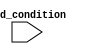
module decremental_for_loop (
    input wire [7:0] end_condition
);

reg [7:0] count;

initial begin
    count = 10; // Starting count value
end

always @(posedge clk) begin
    if (count > end_condition) begin
        // Execute statement or code block here
        count <= count - 1;
    end
end

endmodule